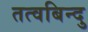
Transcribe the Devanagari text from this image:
तत्वबिन्दु